Vao_vallavalitsus, lk 23
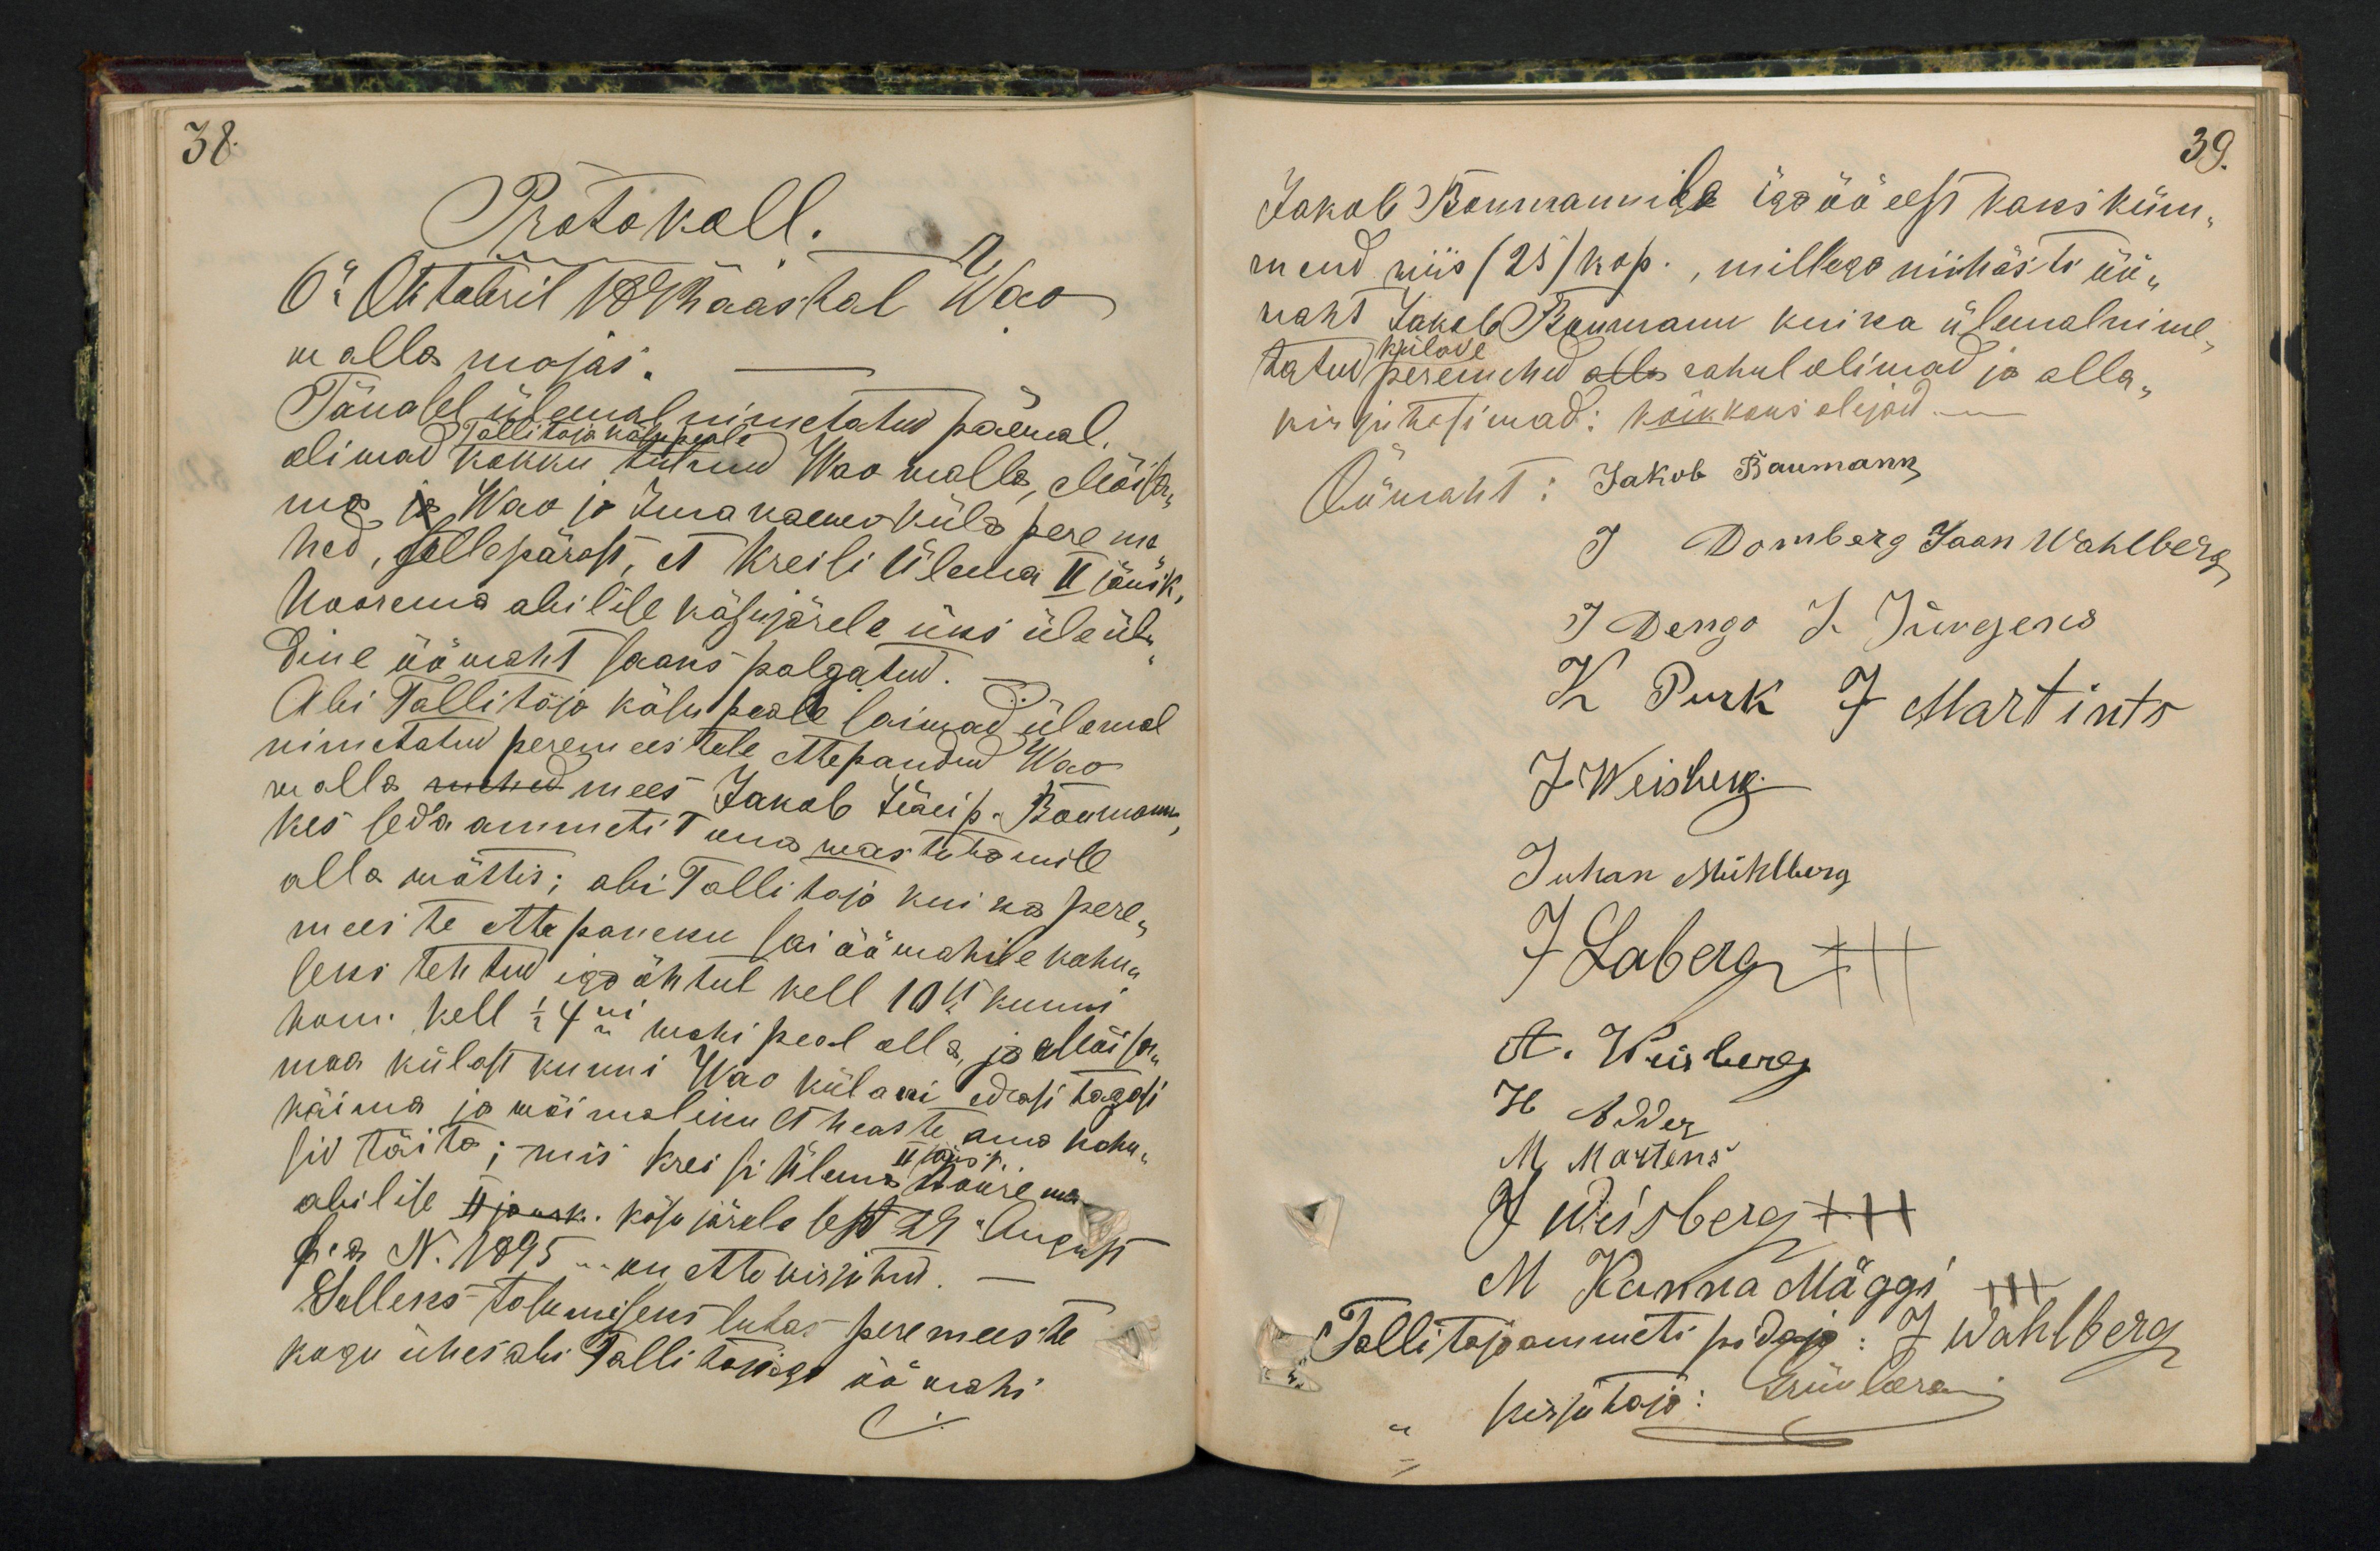
38.

Protokoll.
6" Oktobril 1894 aastal Wao
walla majas:
Tänasel ülemal nimetatud päewal.
tallitaja käsu peale
oliwad kokku tutnud Wao walla, Mõisama Wao ja
ma  ja Jura kalmaküla pereme
hed, sellepärast, et kreisi Ülema II jäusk,
noorema abilise käsu järele üks üleül
dine üöwaht saand palgatud.
Abi Tallitaja käsu peale saiwad ülemal
nimetatud peremeestele ettepandud Wao-
walla mees Jakob Jüri p. Baumann
kes seda ammetit oma wastwastutamise
alla wõttis; abi Tallitaja kui ka pere
meeste ettepaneku sai ööwahile kohu
seks tehtud iga õhtul kell 10 5 kuuni
homm. kell 1/2 4ni wahi peal olla, ja Mõisa
maa külast kunni Wao külani edasi tagasi
käima ja wõimalikult heaste oma kohu
sid täita; mis kreisi ülema II jäus nõuie ma
abilise I käsu järele 6est 29 August
6. a. No 1895 - ku ette kirjutud.
Selleks tasumiseks lubas peremeeste
kogu ühes abi Tallitajaga ööwahi

39.
Jakob Baumannile iga öö eest kaks küm-
mend viis /25/ kop., millega niihästi üü-
waht Jakob Baumann kui ka ülemalnime
tatud külade peremehed rahul oliwad ja alla-
kirjutasiwad: kõik koos olejad.
Ööwaht: Jakob Baumann,
J Domberg Jaan Wahlberg
J Dengo J. Jürgens
K Purk J Martints
J Weisberg
Juhan Mühlberg
J Laberg
A. Weisberg
H Adder
M Martens
7 Weisberg XXX
M Kanna Mäggi xxx
Tallitajaammeti pidaja: J Wahlberg
kirjutaja: Grünberg